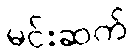
မင်းဆက်